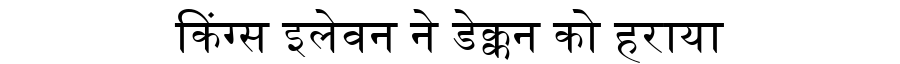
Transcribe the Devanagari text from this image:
किंग्स इलेवन ने डेक्कन को हराया